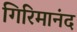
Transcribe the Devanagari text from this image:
गिरिमानंद